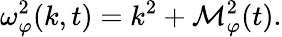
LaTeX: \omega_{\varphi}^{2}(k,t)=k^{2}+{\cal M}_{\varphi}^{2}(t).